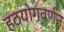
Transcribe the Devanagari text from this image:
हठयोगवर्णन